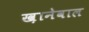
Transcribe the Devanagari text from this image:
ख़ानेवाल